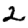
Digit: 2